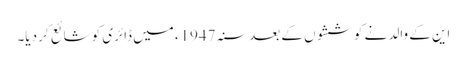
این کے والد نے کوششوں کے بعد سنہ 1947ء میں ڈائری کو شائع کر دیا۔